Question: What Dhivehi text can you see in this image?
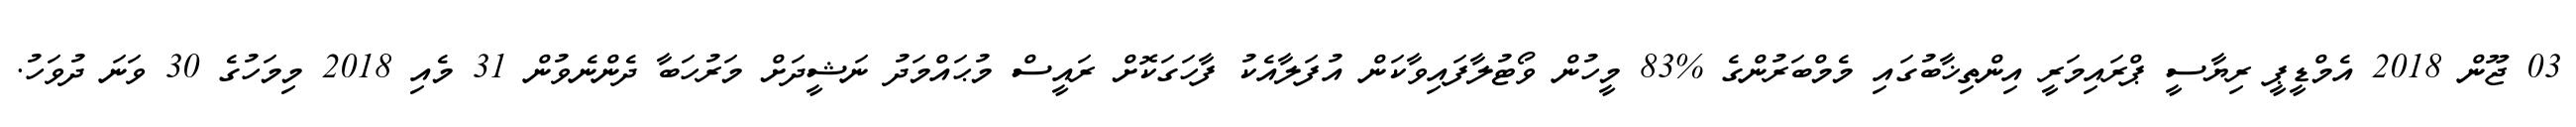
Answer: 03 ޖޫން 2018 އެމްޑީޕީ ރިޔާސީ ޕްރައިމަރީ އިންތިޚާބުގައި މެމްބަރުންގެ %83 މީހުން ވޯޓުލާފައިވާކަން އުފަލާއެކު ފާހަގަކޮށް ރައީސް މުޙައްމަދު ނަޝީދަށް މަރުހަބާ ދެންނެވުން 31 މެއި 2018 މިމަހުގެ 30 ވަނަ ދުވަހު.